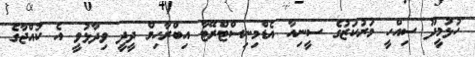
ހުޅުމީދޫ ސިއްހީ މަރުކަޒުގެ ސީނިއާ އެޑްމިނިސްޓްރޭޓާ އިބްރާހިމް ދީދީ ވިދާޅުވީ އެ ކުއްޖާގެ